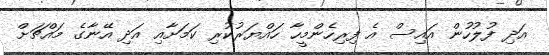
އަދި ފުލުހުން އައިސް އެ ފިރިހެންމީހާ ހައްޔަރުކުރި ކަމަށާއި އަދި އޭނާގެ މައްޗަށް